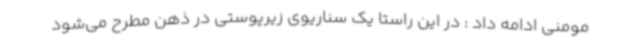
مومنی ادامه داد : در این راستا یک سناریوی زیرپوستی در ذهن مطرح می‌شود